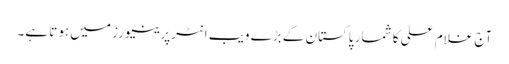
آج غلام علی کا شمار پاکستان کے بڑے ویب انٹرپرینیورز میں ہوتا ہے۔